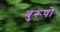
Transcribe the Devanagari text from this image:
बुरूषो